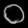
Digit: ၀